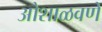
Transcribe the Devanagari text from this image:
ओशाळवणे